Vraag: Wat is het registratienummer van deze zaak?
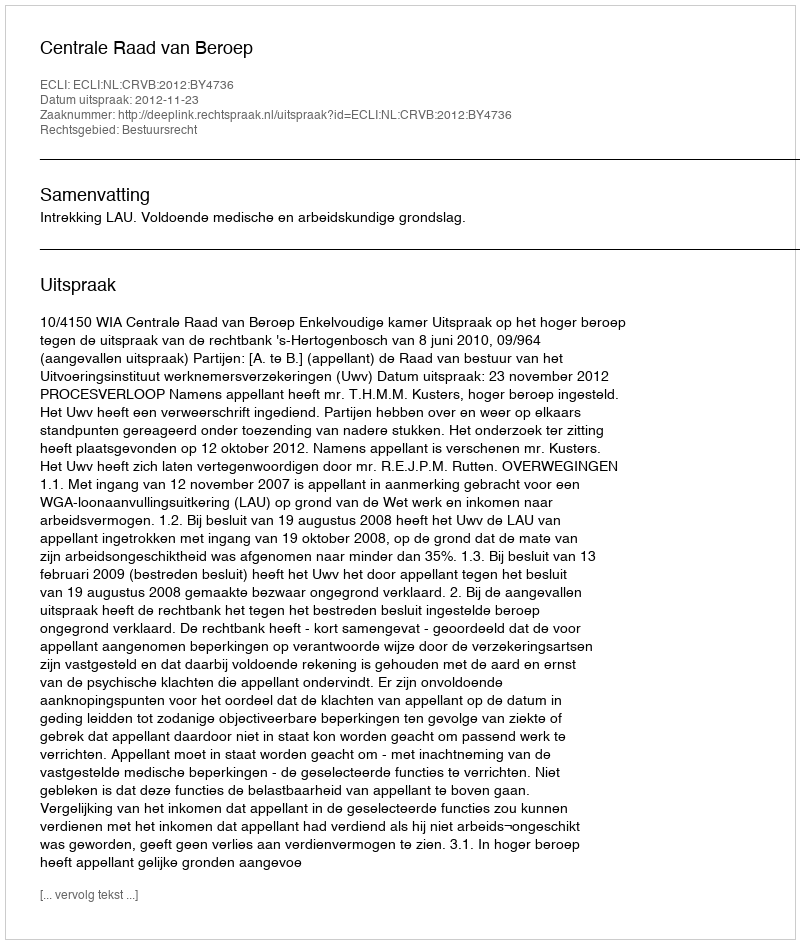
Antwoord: http://deeplink.rechtspraak.nl/uitspraak?id=ECLI:NL:CRVB:2012:BY4736